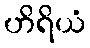
ဟိရိယံ